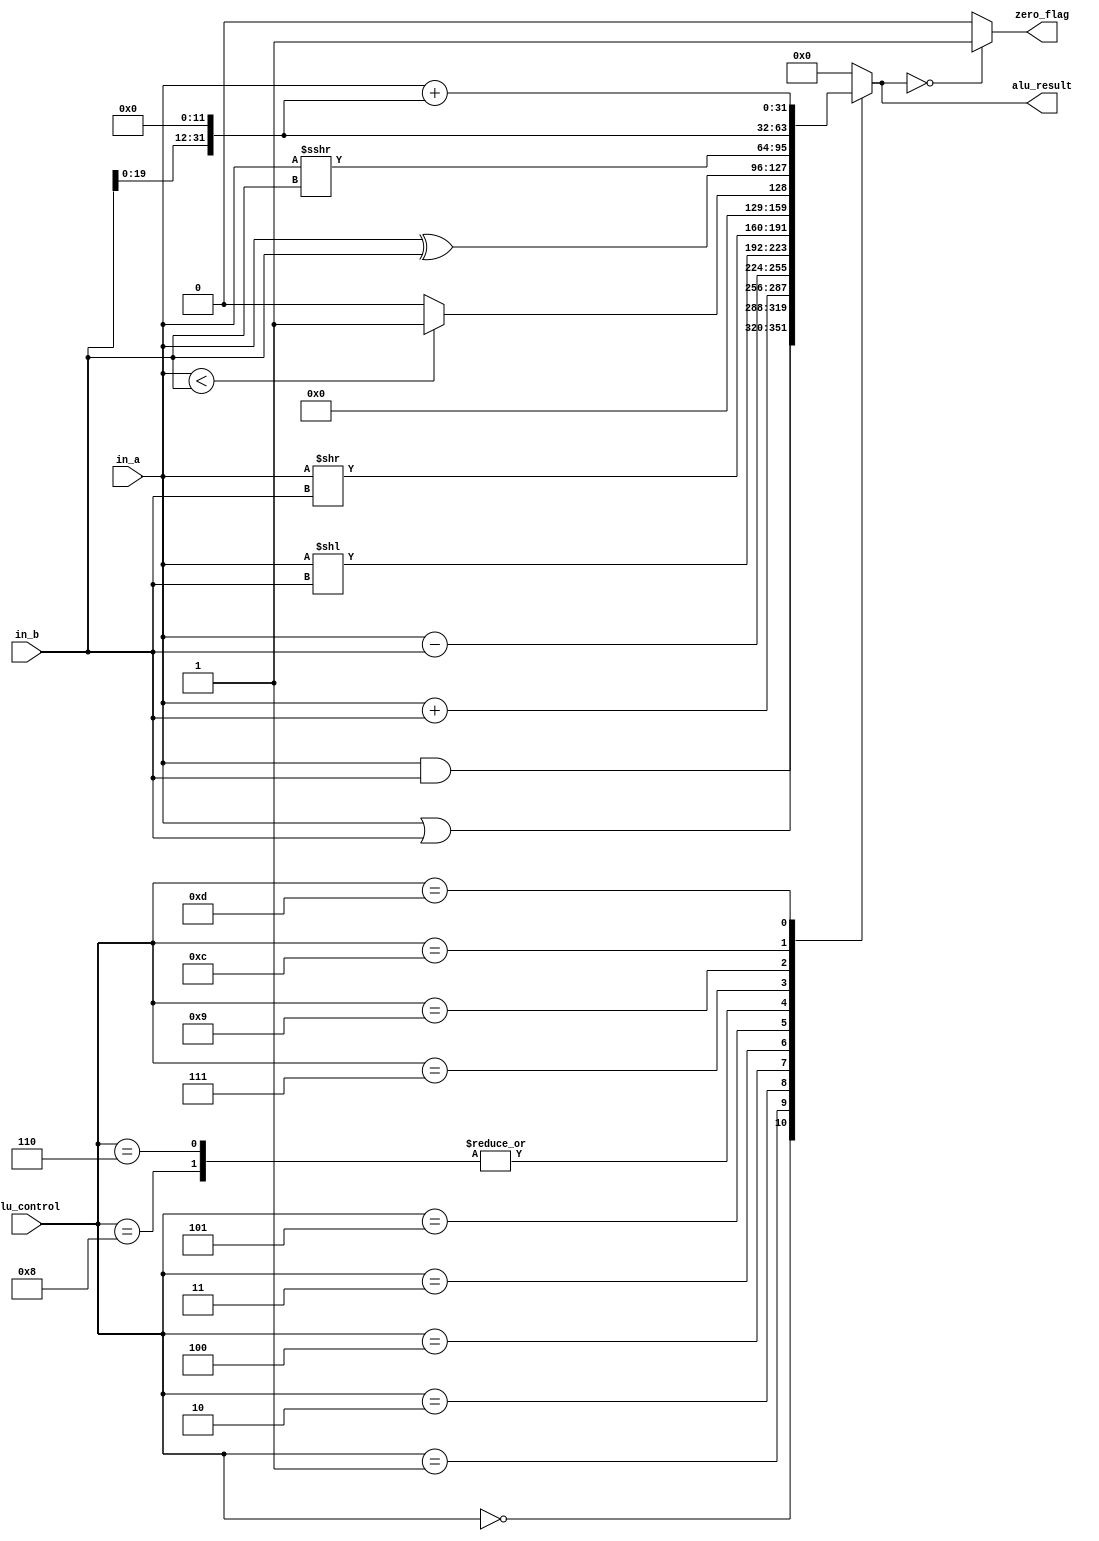

/*
 zero_flag is set to zero if the alu_result is zero
 ALU Control lines | Function
 -----------------------------
 0000    Bitwise-AND
 0001    Bitwise-OR
 0010    Add (A+B)
 0100    Subtract (A-B)
 1000    Set on less than
 0011    Shift left logical
 0101    Shift right logical
 0110    Multiply
 0111    Bitwise-XOR
 */

module ALU (
            input [31:0]      in_a, in_b,
            input [3:0]       alu_control,
            output reg [31:0] alu_result,
            output reg        zero_flag
            );

   always @(*) begin
      case (alu_control)
        4'b0000: alu_result = in_a & in_b; // AND
        4'b0001: alu_result = in_a | in_b; // OR
        4'b0010: alu_result = in_a + in_b; // ADD
        4'b0100: alu_result = in_a - in_b; // SUB
        4'b1000: alu_result = (in_a < in_b) ? 32'b1 : 32'b0; // SLT
        4'b0011: alu_result = in_a << in_b; // SLL
        4'b0101: alu_result = in_a >> in_b; // SRL
        4'b0110: alu_result = ($unsigned(in_a) < $unsigned(in_b)) ? 32'b1 : 32'b0;  // SLTU
        4'b0111: alu_result = in_a ^ in_b; // XOR
        4'b1001: alu_result = in_a >>> in_b; // SRA
        4'b1100: alu_result = {in_b[19:0], 12'b0}; // LUI
        4'b1101: alu_result = in_a + ({in_b[19:0], 12'b0}); // AUIPC
        default: alu_result = 32'b0; // if the ALU is not being used
      endcase

      if (alu_result == 0)
        zero_flag = 1'b1;
      else
        zero_flag = 1'b0;

   end
endmodule // ALU